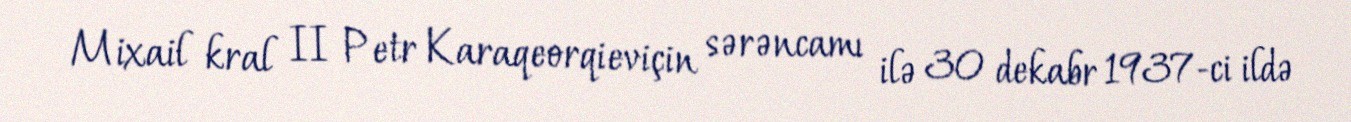
Mixail kral II Petr Karaqeorqieviçin sərəncamı ilə 30 dekabr 1937-ci ildə